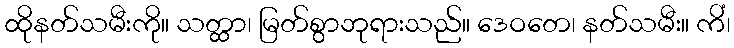
ထိုနတ်သမီးကို။ သတ္ထာ၊ မြတ်စွာဘုရားသည်။ ဒေဝတေ၊ နတ်သမီး။ ကိံ၊